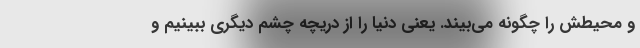
و محیطش را چگونه می‌بیند. یعنی دنیا را از دریچه چشم دیگری ببینیم و